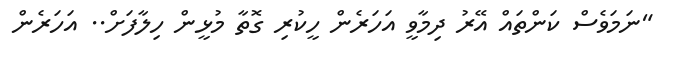
"ނަމަވެސް ކަންތައް އޭރު ދިމާވީ އަހަރެން ހީކުރި ގޮތާ މުޅީން ހިލާފަށް.. އަހަރެން